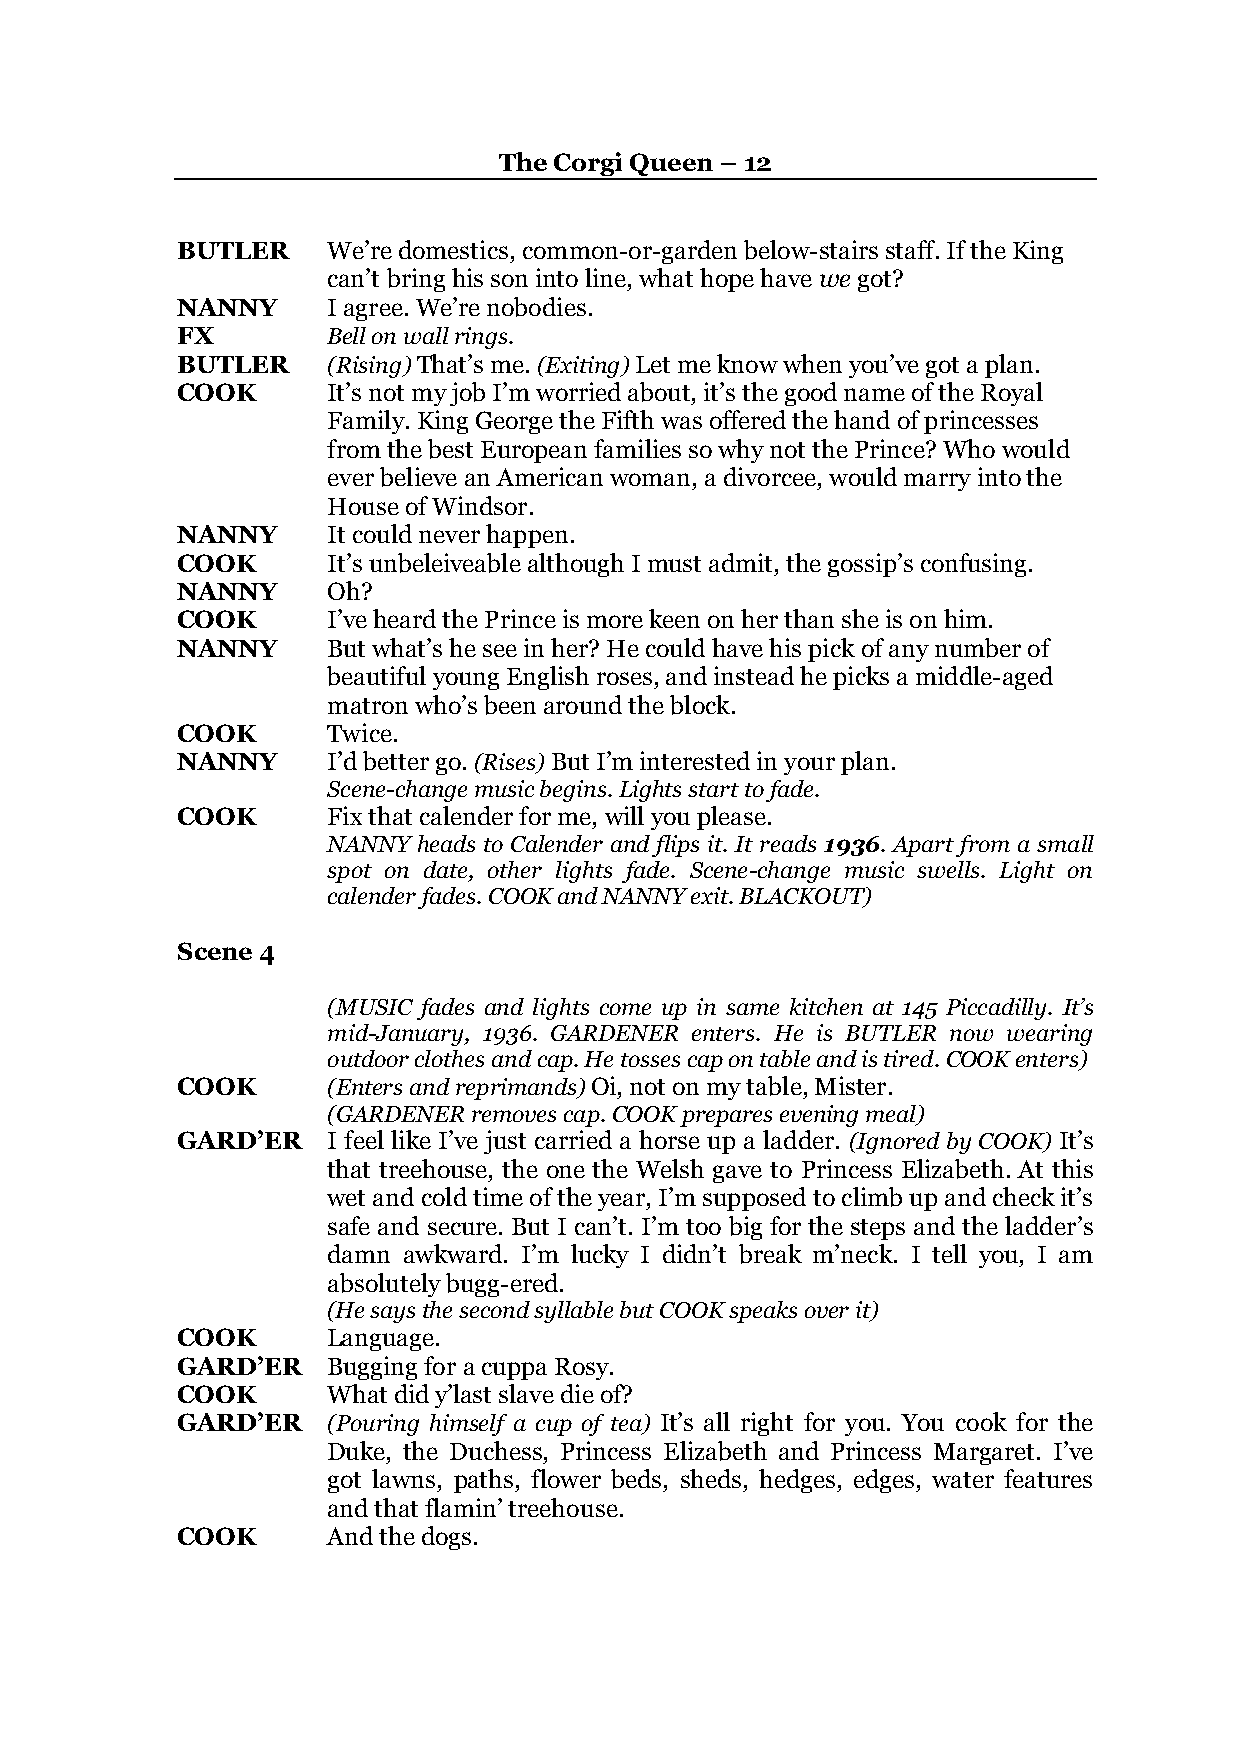
The Corgi Queen – 12
 BUTLER    We’re domestics, common-or-garden below-stairs staff. If the King
 can’t bring his son into line, what hope have we got?
 NANNY     I agree. We’re nobodies.
 FX        Bell on wall rings.
 BUTLER    (Rising) That’s me. (Exiting) Let me know when you’ve got a plan.
 COOK      It’s not my job I’m worried about, it’s the good name of the Royal
 Family. King George the Fifth was offered the hand of princesses
 from the best European families so why not the Prince? Who would
 ever believe an American woman, a divorcee, would marry into the
 House of Windsor.
 NANNY     It could never happen.
 COOK      It’s unbeleiveable although I must admit, the gossip’s confusing.
 NANNY     Oh?
 COOK      I’ve heard the Prince is more keen on her than she is on him.
 NANNY     But what’s he see in her? He could have his pick of any number of
 beautiful young English roses, and instead he picks a middle-aged
 matron who’s been around the block.
 COOK      Twice.
 NANNY     I’d better go. (Rises) But I’m interested in your plan.
 Scene-change music begins. Lights start to fade.
 COOK      Fix that calender for me, will you please.
 NANNY heads to Calender and flips it. It reads 1936. Apart from a small
 spot on date, other lights fade. Scene-change music swells. Light on
 calender fades. COOK and NANNY exit. BLACKOUT)
 Scene 4
 (MUSIC fades and lights come up in same kitchen at 145 Piccadilly. It’s
 mid-January, 1936. GARDENER enters. He is BUTLER now wearing
 outdoor clothes and cap. He tosses cap on table and is tired. COOK enters)
 COOK      (Enters and reprimands) Oi, not on my table, Mister.
 (GARDENER removes cap. COOK prepares evening meal)
 GARD’ER   I feel like I’ve just carried a horse up a ladder. (Ignored by COOK) It’s
 that treehouse, the one the Welsh gave to Princess Elizabeth. At this
 wet and cold time of the year, I’m supposed to climb up and check it’s
 safe and secure. But I can’t. I’m too big for the steps and the ladder’s
 damn awkward. I’m lucky I didn’t break m’neck. I tell you, I am
 absolutely bugg-ered.
 (He says the second syllable but COOK speaks over it)
 COOK      Language.
 GARD’ER   Bugging for a cuppa Rosy.
 COOK      What did y’last slave die of?
 GARD’ER   (Pouring himself a cup of tea) It’s all right for you. You cook for the
 Duke, the Duchess, Princess Elizabeth and Princess Margaret. I’ve
 got lawns, paths, flower beds, sheds, hedges, edges, water features
 and that flamin’ treehouse.
 COOK      And the dogs.